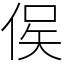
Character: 㑨